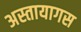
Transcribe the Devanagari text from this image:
अस्तायागस